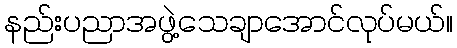
နည်းပညာအဖွဲ့သေချာအောင်လုပ်မယ်။